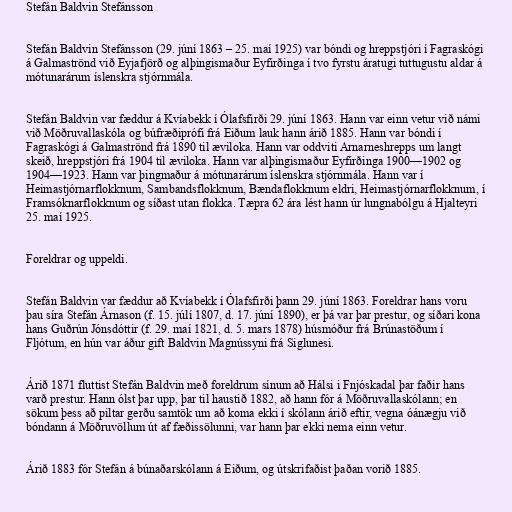
Stefán Baldvin Stefánsson

Stefán Baldvin Stefánsson (29. júní 1863 – 25. maí 1925) var bóndi og hreppstjóri í Fagraskógi
á Galmaströnd við Eyjafjörð og alþingismaður Eyfirðinga í tvo fyrstu áratugi tuttugustu aldar á
mótunarárum íslenskra stjórnmála.

Stefán Baldvin var fæddur á Kvíabekk í Ólafsfirði 29. júní 1863. Hann var einn vetur við námi
við Möðruvallaskóla og búfræðiprófi frá Eiðum lauk hann árið 1885. Hann var bóndi í
Fagraskógi á Galmaströnd frá 1890 til æviloka. Hann var oddviti Arnarneshrepps um langt
skeið, hreppstjóri frá 1904 til æviloka. Hann var alþingismaður Eyfirðinga 1900—1902 og
1904—1923. Hann var þingmaður á mótunarárum íslenskra stjórnmála. Hann var í
Heimastjórnarflokknum, Sambandsflokknum, Bændaflokknum eldri, Heimastjórnarflokknum, í
Framsóknarflokknum og síðast utan flokka. Tæpra 62 ára lést hann úr lungnabólgu á Hjalteyri
25. maí 1925.

Foreldrar og uppeldi.

Stefán Baldvin var fæddur að Kvíabekk í Ólafsfirði þann 29. júní 1863. Foreldrar hans voru
þau síra Stefán Árnason (f. 15. júlí 1807, d. 17. júní 1890), er þá var þar prestur, og síðari kona
hans Guðrún Jónsdóttir (f. 29. maí 1821, d. 5. mars 1878) húsmóður frá Brúnastöðum í
Fljótum, en hún var áður gift Baldvin Magnússyni frá Siglunesi.

Árið 1871 fluttist Stefán Baldvin með foreldrum sínum að Hálsi i Fnjóskadal þar faðir hans
varð prestur. Hann ólst þar upp, þar til haustið 1882, að hann fór á Möðruvallaskólann; en
sökum þess að piltar gerðu samtök um að koma ekki í skólann árið eftir, vegna óánægju við
bóndann á Möðruvöllum út af fæðissölunni, var hann þar ekki nema einn vetur.

Árið 1883 fór Stefán á búnaðarskólann á Eiðum, og útskrifaðist þaðan vorið 1885.